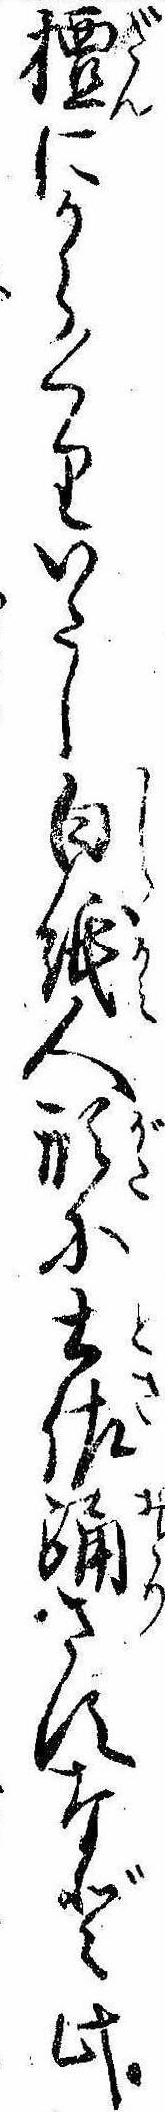
檀にからくりいたし白紙人形に土佐踊さすなど此